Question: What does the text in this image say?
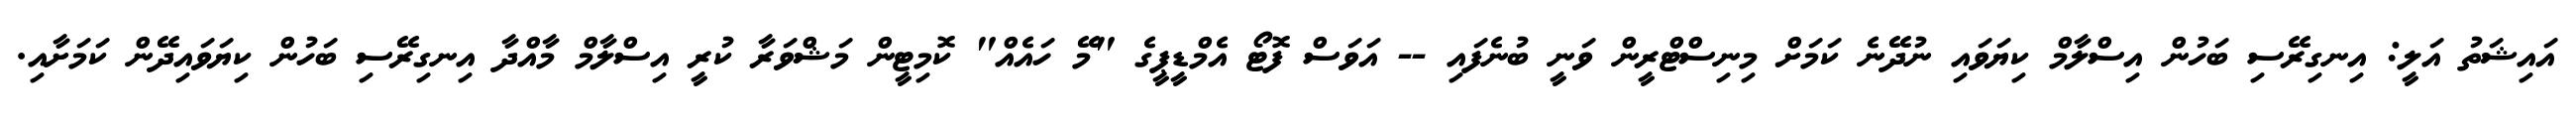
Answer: އައިޝަތު އަލީ: އިނގިރޭސި ބަހުން އިސްލާމް ކިޔަވައި ނުދޭނެ ކަމަށް މިނިސްޓްރީން ވަނީ ބުނެފައި -- އަވަސް ފޮޓޯ އެމްޑީޕީގެ "މޭ ހައެއް" ކޮމިޓީން މަޝްވަރާ ކުރީ އިސްލާމް މާއްދާ އިނގިރޭސި ބަހުން ކިޔަވައިދޭން ކަމަށާއި.